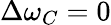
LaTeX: \Delta\omega_{C}=0